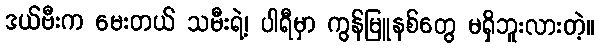
ဒယ်ဗီးက မေးတယ် သမီးရဲ့၊ ပါရီမှာ ကွန်မြူနစ်တွေ မရှိဘူးလားတဲ့။